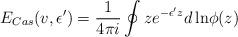
LaTeX: \begin{align*}E_{Cas}(v, \epsilon')= \frac{1}{4\pi i} \oint z e^{-\epsilon' z} d\, {\rm ln}\phi(z)\end{align*}